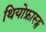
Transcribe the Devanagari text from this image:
थियोफ्रास्ट्स